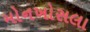
મોનખોસલા